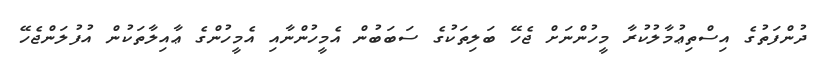
ދުންފަތުގެ އިސްތިޢުމާލުކުރާ މީހުންނަށް ޖެހޭ ބަލިތަކުގެ ސަބަބުން އެމީހުންނާއި އެމީހުންގެ ޢާއިލާތަކުން އުފުލަންޖެހޭ